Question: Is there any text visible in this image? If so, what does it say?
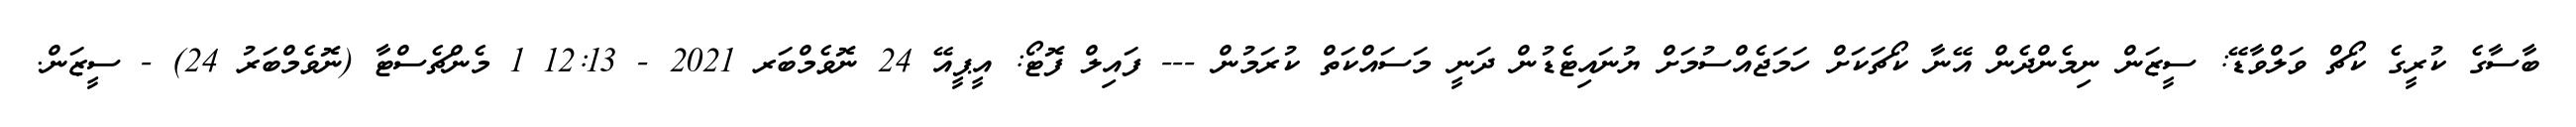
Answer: ބާސާގެ ކުރީގެ ކޯޗް ވަލްވާޑޭ: ސީޒަން ނިމެންދެން އޭނާ ކޯޗަކަށް ހަމަޖެއްސުމަށް ޔުނައިޓެޑުން ދަނީ މަސައްކަތް ކުރަމުން --- ފައިލް ފޮޓޯ: އީޕީއޭ 24 ނޮވެމްބަރ 2021 - 12:13 1 މެންޗެސްޓާ (ނޮވެމްބަރު 24) - ސީޒަން.